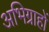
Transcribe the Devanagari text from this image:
अभिग्राहों